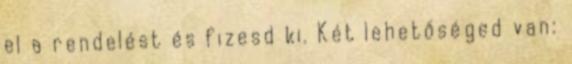
el a rendelést és fizesd ki. Két lehetőséged van: